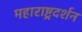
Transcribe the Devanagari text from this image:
महाराष्ट्रदर्शन